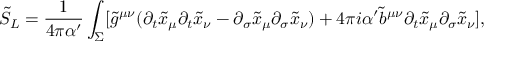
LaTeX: \tilde { S } _ { L } = \frac { 1 } { 4 \pi \alpha ^ { \prime } } \int _ { \Sigma } [ \tilde { g } ^ { \mu \nu } ( \partial _ { t } \tilde { x } _ { \mu } \partial _ { t } \tilde { x } _ { \nu } - \partial _ { \sigma } \tilde { x } _ { \mu } \partial _ { \sigma } \tilde { x } _ { \nu } ) + 4 \pi i \alpha ^ { \prime } \tilde { b } ^ { \mu \nu } \partial _ { t } \tilde { x } _ { \mu } \partial _ { \sigma } \tilde { x } _ { \nu } ] ,